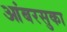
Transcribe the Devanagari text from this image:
आंबरसुका